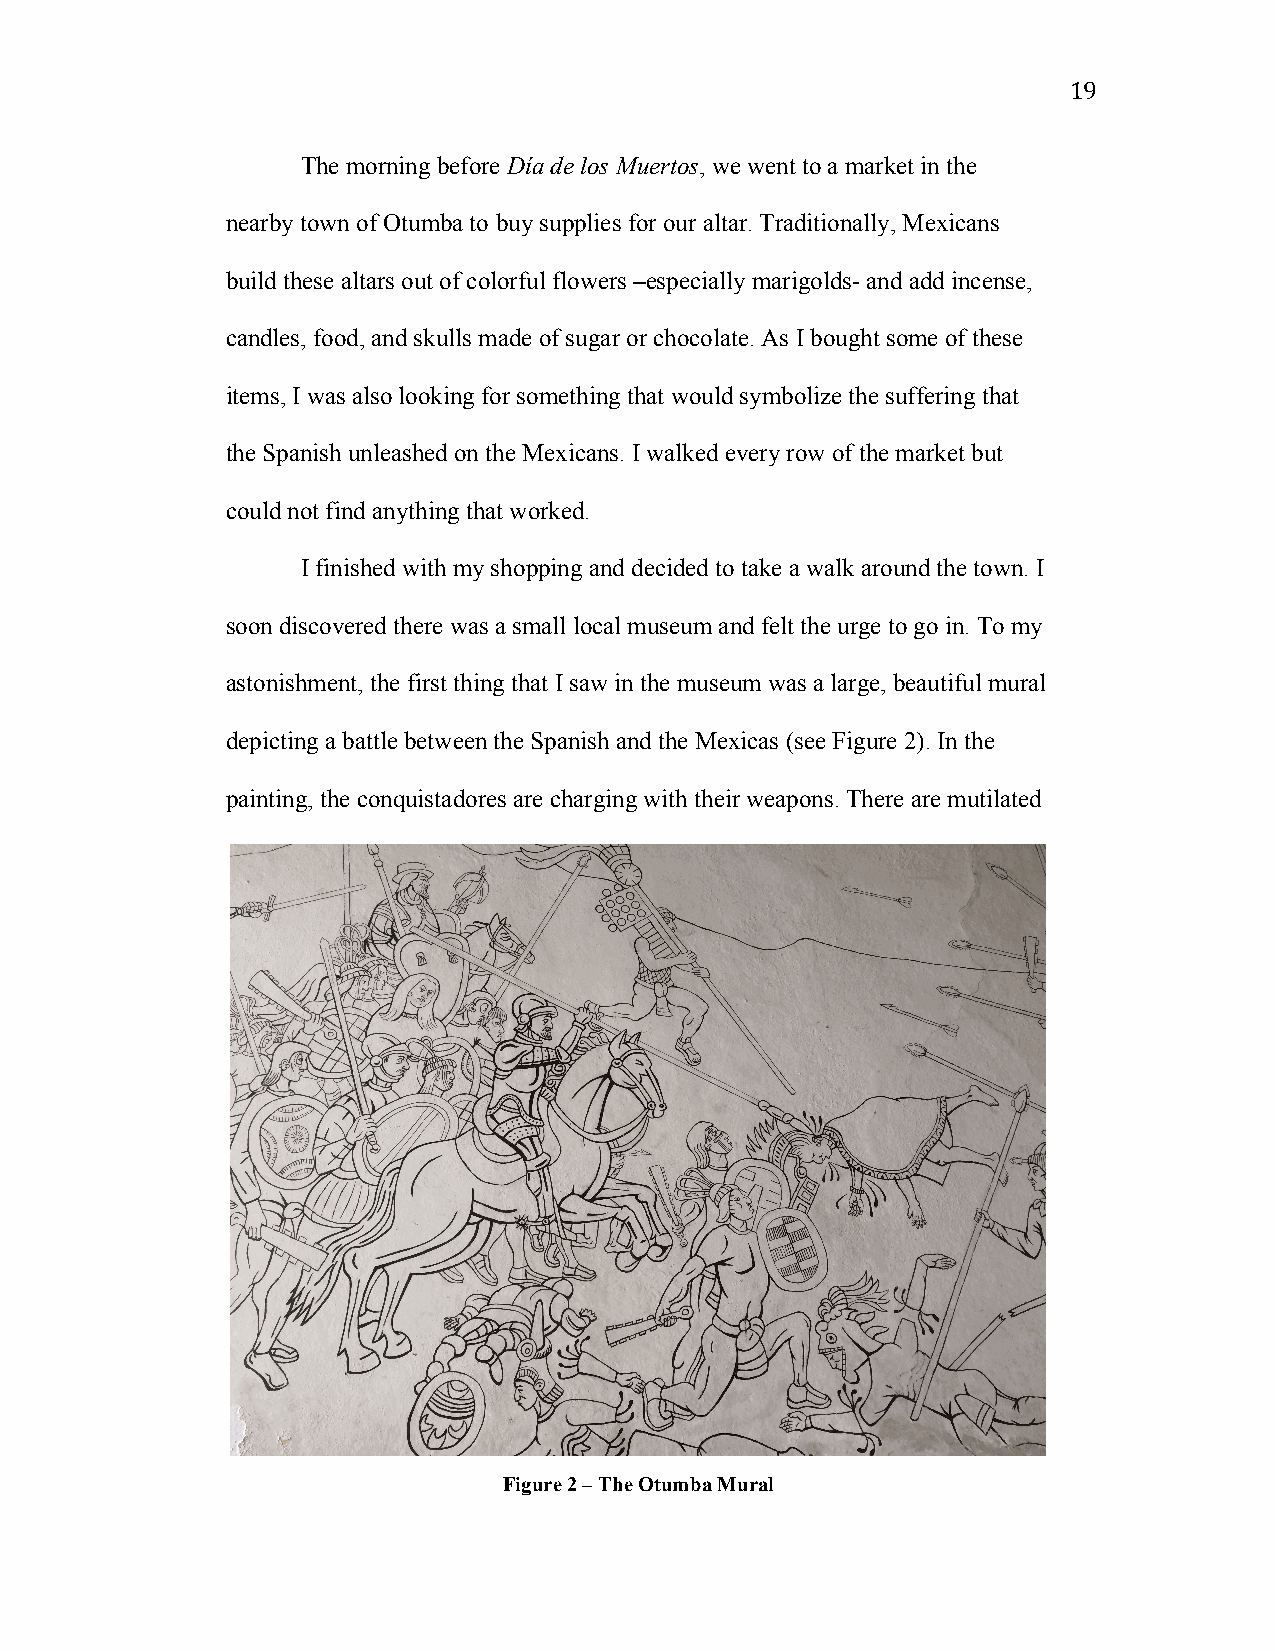
19
 The morning before Día de los Muertos, we went to a market in the
 nearby town of Otumba to buy supplies for our altar. Traditionally, Mexicans
 build these altars out of colorful flowers –especially marigolds- and add incense,
 candles, food, and skulls made of sugar or chocolate. As I bought some of these
 items, I was also looking for something that would symbolize the suffering that
 the Spanish unleashed on the Mexicans. I walked every row of the market but
 could not find anything that worked.
 I finished with my shopping and decided to take a walk around the town. I
 soon discovered there was a small local museum and felt the urge to go in. To my
 astonishment, the first thing that I saw in the museum was a large, beautiful mural
 depicting a battle between the Spanish and the Mexicas (see Figure 2). In the
 painting, the conquistadores are charging with their weapons. There are mutilated
 Figure 2 – The Otumba Mural